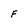
Character: f